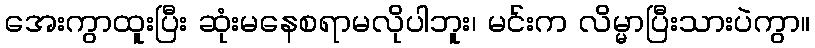
အေးကွာထူးပြီး ဆုံးမနေစရာမလိုပါဘူး၊ မင်းက လိမ္မာပြီးသားပဲကွာ။